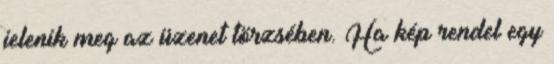
jelenik meg az üzenet törzsében. Ha kép rendel egy